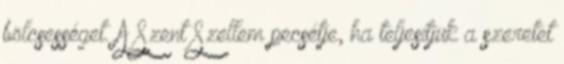
bölcsességet. A Szent Szellem pecsétje, ha teljesítjük a szeretet